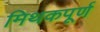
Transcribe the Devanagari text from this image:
मिथकपूर्ण